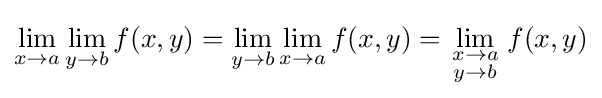
\lim _{x\to a}\lim _{y\to b}f(x,y)=\lim _{y\to b}\lim _{x\to a}f(x,y)=\lim _{\begin{smallmatrix}x\to a\\y\to b\end{smallmatrix}}f(x,y)